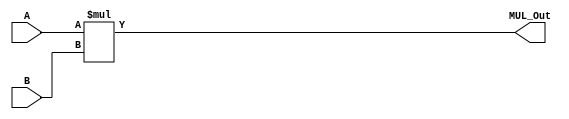

module multiplication(
           input [7:0] A,B,  // 8-bit Inputs
           output [7:0] MUL_Out // 8-bit Output
    );
    reg [7:0] MUL_Result;
    assign MUL_Out = MUL_Result; // PRODUCT
    always @(*)
    begin
        MUL_Result = A * B ;
    end
endmodule